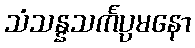
သံသန္နသင်္ကပ္ပမနော